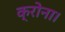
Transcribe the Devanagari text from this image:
क्रोना।